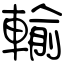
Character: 輸